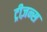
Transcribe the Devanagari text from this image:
ट्रीज़न्स